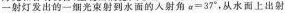
一射灯发出的一细光束射到水面的入射角$$a=37^{\circ}$$，从水面上出射